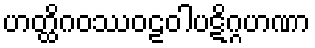
ဟတ္ထိဂဝဿဝဠဝါပဋိဂ္ဂဟဏာ